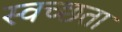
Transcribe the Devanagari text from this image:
स्वच्‍छता